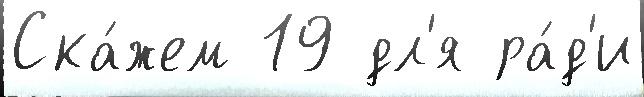
Ска́жем 19 дл'я ра́д'и